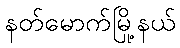
နတ်မောက်မြို့နယ်